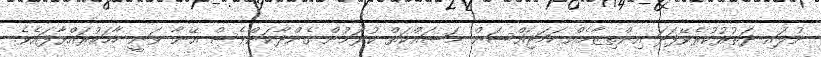
ނުލައި ދަތުރުކުރެވޭފަދަ އިންތިޒާމެއް ހަމަޖައްސަން މަސައްކަތް ކުރަމުން ގެންދާކަންވެސް އޭނާ ވަނީ ހާމަކުރައްވާފައެވެ.